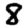
Digit: 8